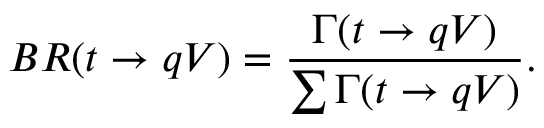
B R ( t \rightarrow q V ) = \frac { \Gamma ( t \rightarrow q V ) } { \sum \Gamma ( t \rightarrow q V ) } .